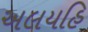
અલયહિ